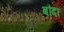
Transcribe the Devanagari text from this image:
बौदा